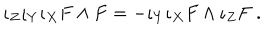
\iota _ { Z } \iota _ { Y } \iota _ { X } F \wedge F = - \iota _ { Y } \iota _ { X } F \wedge \iota _ { Z } F ~ .